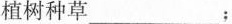
植树种草___；